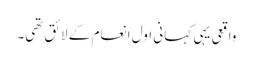
واقعی یہی کہانی اول انعام کے لائق تھی۔